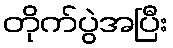
တိုက်ပွဲအပြီး